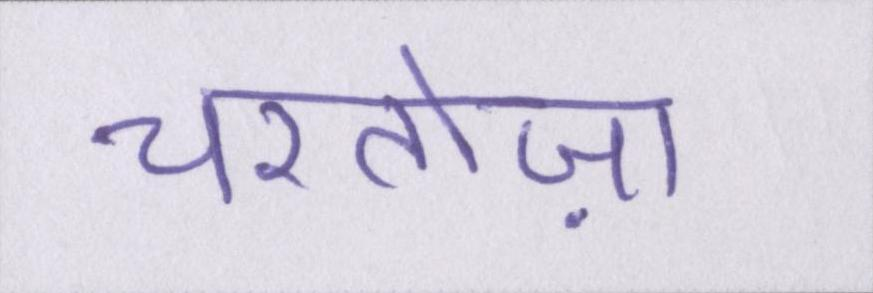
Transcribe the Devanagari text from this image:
चरतोज़ा